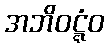
အဘိဝဋ္ဋံဝ